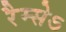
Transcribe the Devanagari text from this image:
रैम्सेऽ